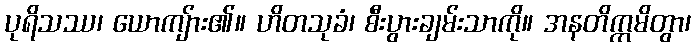
ပုရိသဿ၊ ယောကျ်ား၏။ ဟိတသုခံ၊ စီးပွားချမ်းသာကို။ အနတိက္ကမိတွာ၊